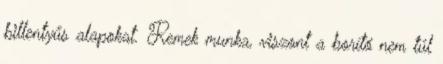
billentyűs alapokat. Remek munka, viszont a borító nem túl